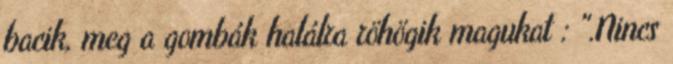
bacik, meg a gombák halálra röhögik magukat : ".Nincs